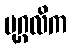
ပုဂ္ဂလိက